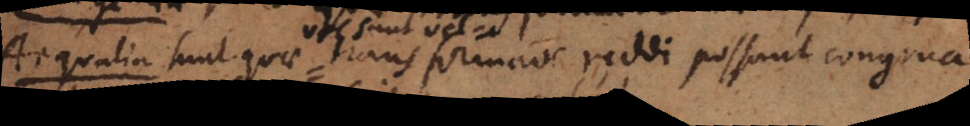
Aequalia sunt quae vel sunt vel transformatione reddi possunt congrua